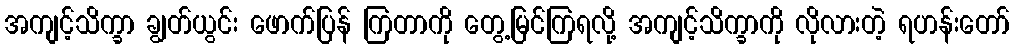
အကျင့်သိက္ခာ ချွတ်ယွင်း ဖောက်ပြန် ကြတာကို တွေ့မြင်ကြရလို့ အကျင့်သိက္ခာကို လိုလားတဲ့ ရဟန်းတော်